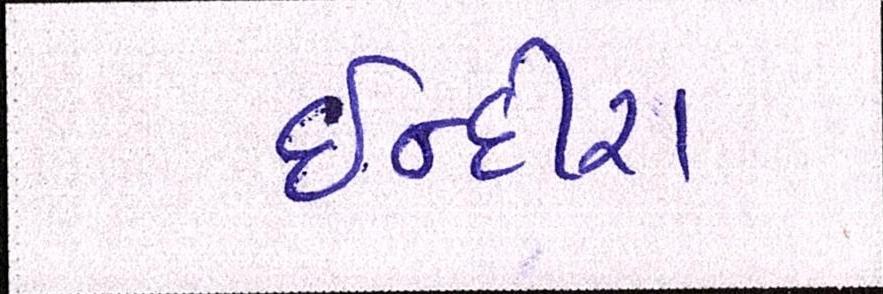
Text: ઈન્દીરા